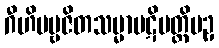
ဂီဟိပဗ္ဗဇိတသမ္မာပဋိပတ္တိပဥှ